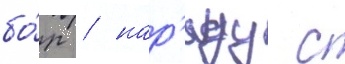
бо́р / нар'яду с